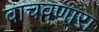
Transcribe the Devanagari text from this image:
वाचवणारा